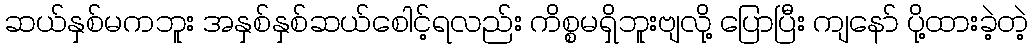
ဆယ်နှစ်မကဘူး အနှစ်နှစ်ဆယ်စေါင့်ရလည်း ကိစ္စမရှိဘူးဗျလို့ ပြောပြီး ကျနော် ပို့ထားခဲ့တဲ့